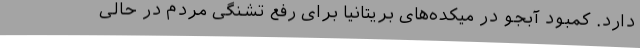
دارد. کمبود آبجو در میکده‌های بریتانیا برای رفع تشنگی مردم در حالی